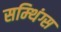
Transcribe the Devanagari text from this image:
सम्थिंग्स